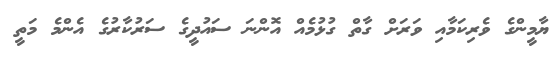
ޔާމީންގެ ވެރިކަމާއި ވަރަށް ގާތް ގުޅުމެއް އޮންނަ ސައުދީގެ ސަރުކާރުގެ އެންމެ މަތީ